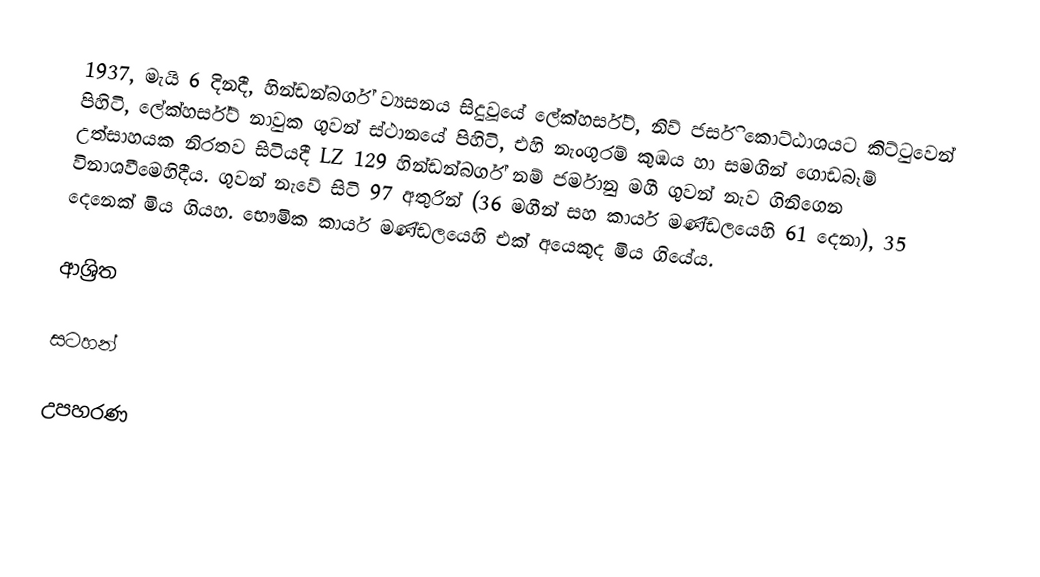
1937, මැයි 6 දිනදී, හින්ඩන්බර්ග් ව්‍යසනය සිදුවූයේ  ලේක්හර්ස්ට්, නිව් ජර්සි කොට්ඨාශයට කිට්ටුවෙන් පිහිටි, ලේක්හර්ස්ට් නාවුක ගුවන් ස්ථානයේ පිහිටි,  එහි නැංගුරම් කුඹය හා සමගින් ගොඩබෑම් උත්සාහයක නිරතව සිටියදී LZ 129 හින්ඩන්බර්ග් නම් ජර්මානු මගී ගුවන් නැව  ගිනිගෙන විනාශවීමෙහිදීය. ගුවන් නැවේ සිටි 97 අතුරින්  (36 මගීන් සහ කාර්ය මණ්ඩලයෙහි 61 දෙනා), 35 දෙනෙක් මිය ගියහ. භෞමික කාර්ය මණ්ඩලයෙහි එක් අයෙකුද මිය ගියේය.

ආශ්‍රිත

සටහන්

උපහරණ